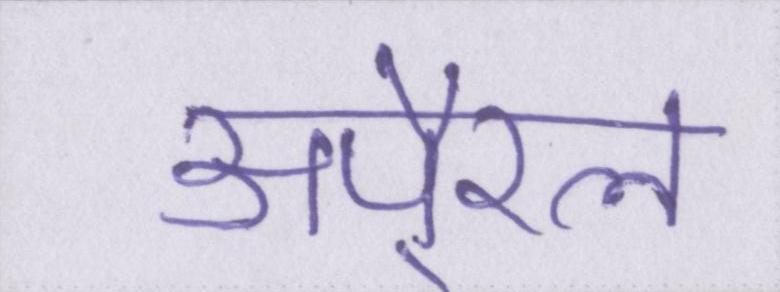
अपै्रल